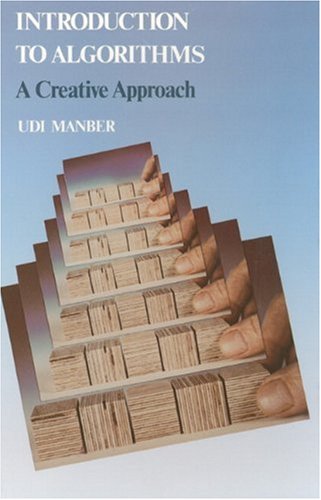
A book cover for Introduction to Algorithms: A Creative Approach; Udi Manber; Computers & Technology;